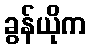
ခွန်ယိုက